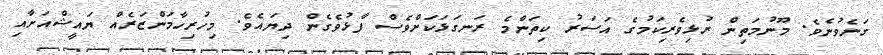
ގަނެވުނެވެ. މޫނުމަތިން ރުޅިވެރިކަމުގެ އަސަރު ކިތަންމެ ރަނގަޅަކަށްވެސް ފާޅުވެގެން ދިޔައެވެ. މިހުރިހާމަންޒަރެއް ޔައީޝްއަށާއި